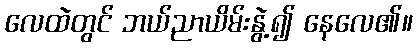
လေထဲတွင် ဘယ်ညာယိမ်းနွဲ့၍ နေလေ၏။